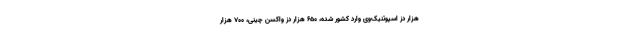
هزار دُز اسپوتنیک‌وی وارد کشور شده، ۶۵۰ هزار دُز واکسن چینی، ۷۰۰ هزار